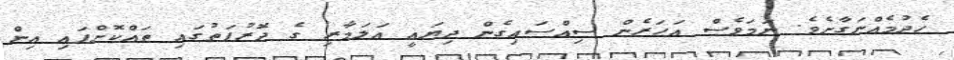
ހެދުމެއްނަގާށެވެ. ނަމަވެސް އަހަރެން ސިއްސައިގެން ދިޔައީ އަލަމާރި ގެ ދޮރުފަތުގައި ތައްކޮށްފައި އިން